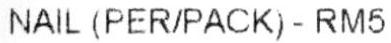
NAIL (PER/PACK) - RM5